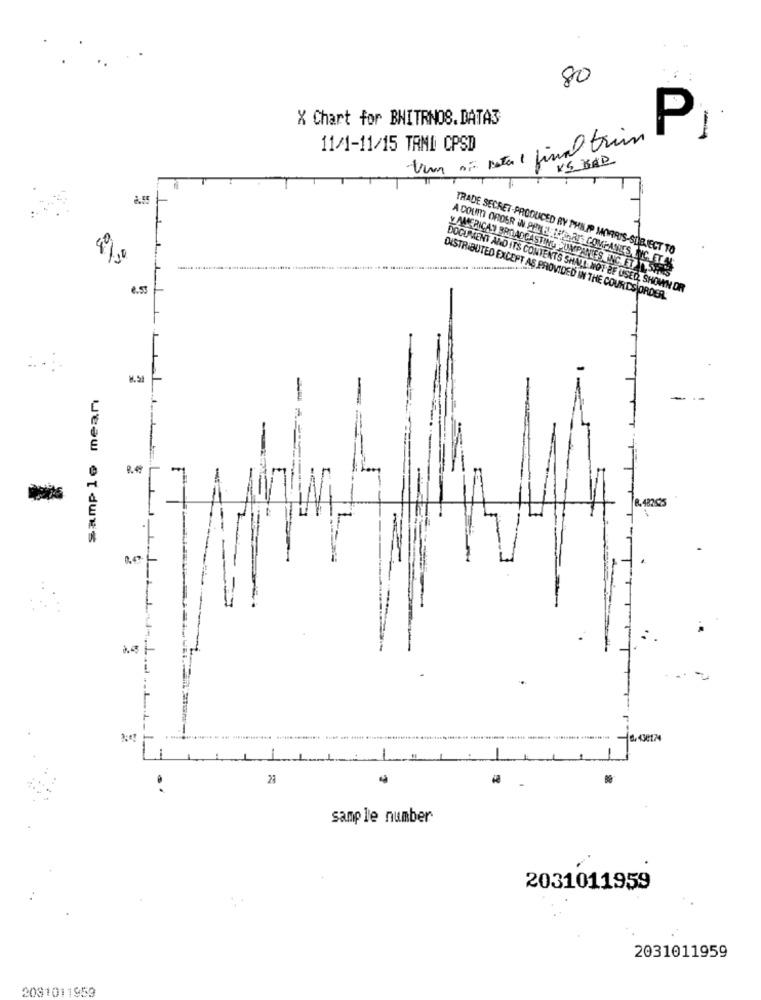
80
X Chart for BNITRNOS.DATAS
P
11/1-11/15 TAMD CPSD
Vim : beta 1 final trin
KS BAD
2.55
TRADE SECRET-PRODUCED BY PHILIP MORRIS-SUBJECT TO
4%,
A COURT ORDER IN AND ELLES, RIS COMPANIES, NIC. ET.
Y AMERICAN BROADCASTING SUMPANTES INC.ET SANS
DOCUMENT AND ITS CONTENTS SHALL NOT BE USED, SHOWN OR
DISTRIBUTED EXCEPT AS PROVIDED IN THE COURTDS ORDER.
sample mean
-
8.482525
1
1
-
29
sample number
2031011959
2031011959
2081011953